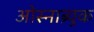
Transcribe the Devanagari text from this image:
ओस्नाब्र्युक